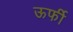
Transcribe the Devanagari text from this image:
ऊर्फी